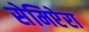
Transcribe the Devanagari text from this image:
सेमिप्टेरा